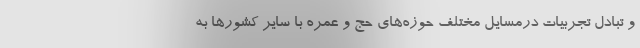
و تبادل تجربیات درمسایل مختلف حوزه‌های حج و عمره با سایر کشورها به